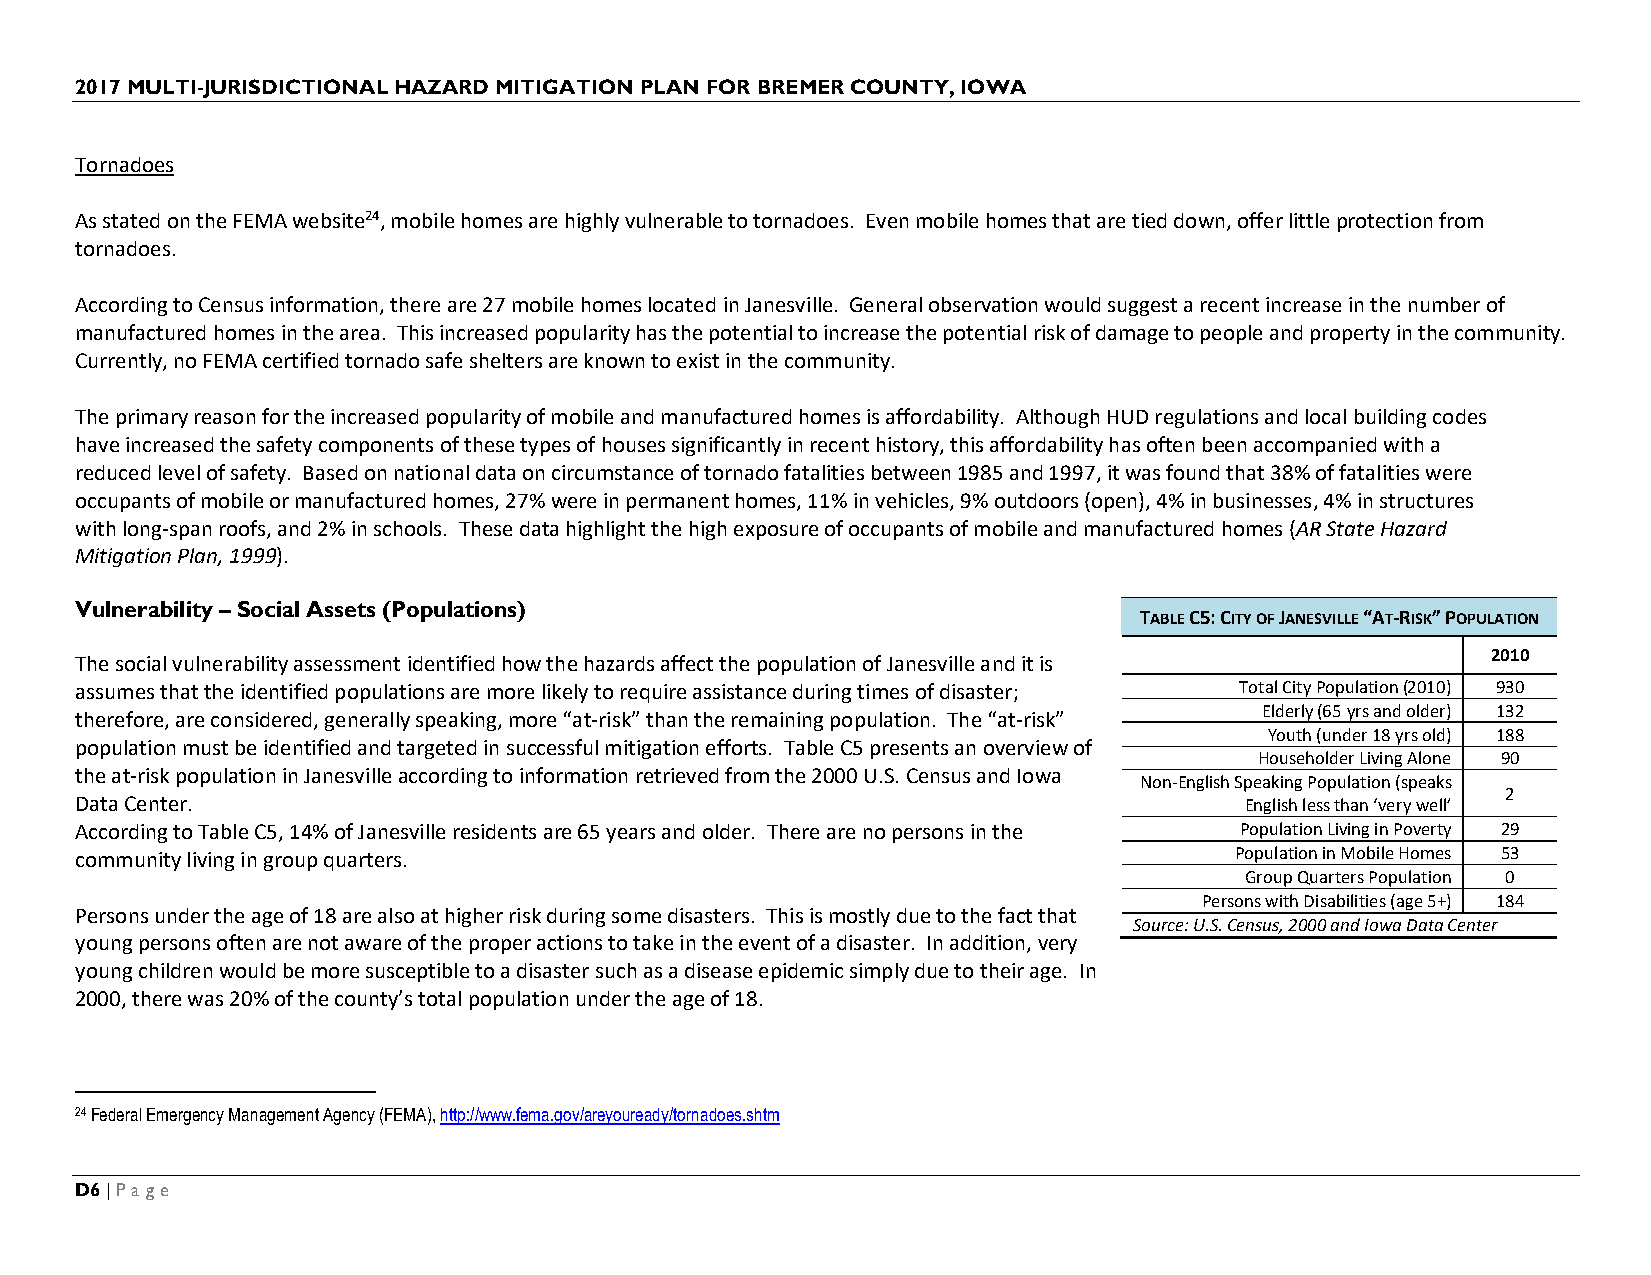
2017 MULTI-JURISDICTIONAL HAZARD MITIGATION PLAN FOR BREMER COUNTY, IOWA
 Tornadoes
 As stated on the FEMA website24, mobile homes are highly vulnerable to tornadoes. Even mobile homes that are tied down, offer little protection from
 tornadoes.
 According to Census information, there are 27 mobile homes located in Janesville. General observation would suggest a recent increase in the number of
 manufactured homes in the area. This increased popularity has the potential to increase the potential risk of damage to people and property in the community.
 Currently, no FEMA certified tornado safe shelters are known to exist in the community.
 The primary reason for the increased popularity of mobile and manufactured homes is affordability. Although HUD regulations and local building codes
 have increased the safety components of these types of houses significantly in recent history, this affordability has often been accompanied with a
 reduced level of safety. Based on national data on circumstance of tornado fatalities between 1985 and 1997, it was found that 38% of fatalities were
 occupants of mobile or manufactured homes, 27% were in permanent homes, 11% in vehicles, 9% outdoors (open), 4% in businesses, 4% in structures
 with long-span roofs, and 2% in schools. These data highlight the high exposure of occupants of mobile and manufactured homes (AR State Hazard
 Mitigation Plan, 1999).
 Vulnerability – Social Assets (Populations)
 TABLE C5: CITY OF JANESVILLE “AT-RISK” POPULATION
 The social vulnerability assessment identified how the hazards affect the population of Janesville and it is 2010
 assumes that the identified populations are more likely to require assistance during times of disaster; Total City Population (2010) 930
 Elderly (65 yrs and older) 132
 therefore, are considered, generally speaking, more “at-risk” than the remaining population. The “at-risk”
 Youth (under 18 yrs old) 188
 population must be identified and targeted in successful mitigation efforts. Table C5 presents an overview of
 Householder Living Alone 90
 the at-risk population in Janesville according to information retrieved from the 2000 U.S. Census and Iowa
 Non-English Speaking Population (speaks
 2
 Data Center.                                                                 English less than ‘very well’
 According to Table C5, 14% of Janesville residents are 65 years and older. There are no persons in the Population Living in Poverty 29
 community living in group quarters.                                          Population in Mobile Homes 53
 Group Quarters Population 0
 Persons with Disabilities (age 5+) 184
 Persons under the age of 18 are also at higher risk during some disasters. This is mostly due to the fact that
 Source: U.S. Census, 2000 and Iowa Data Center
 young persons often are not aware of the proper actions to take in the event of a disaster. In addition, very
 young children would be more susceptible to a disaster such as a disease epidemic simply due to their age. In
 2000, there was 20% of the county’s total population under the age of 18.
 24 Federal Emergency Management Agency (FEMA), http://www.fema.gov/areyouready/tornadoes.shtm
 D6 | Page